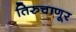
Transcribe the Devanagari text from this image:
तिरुचाणूर